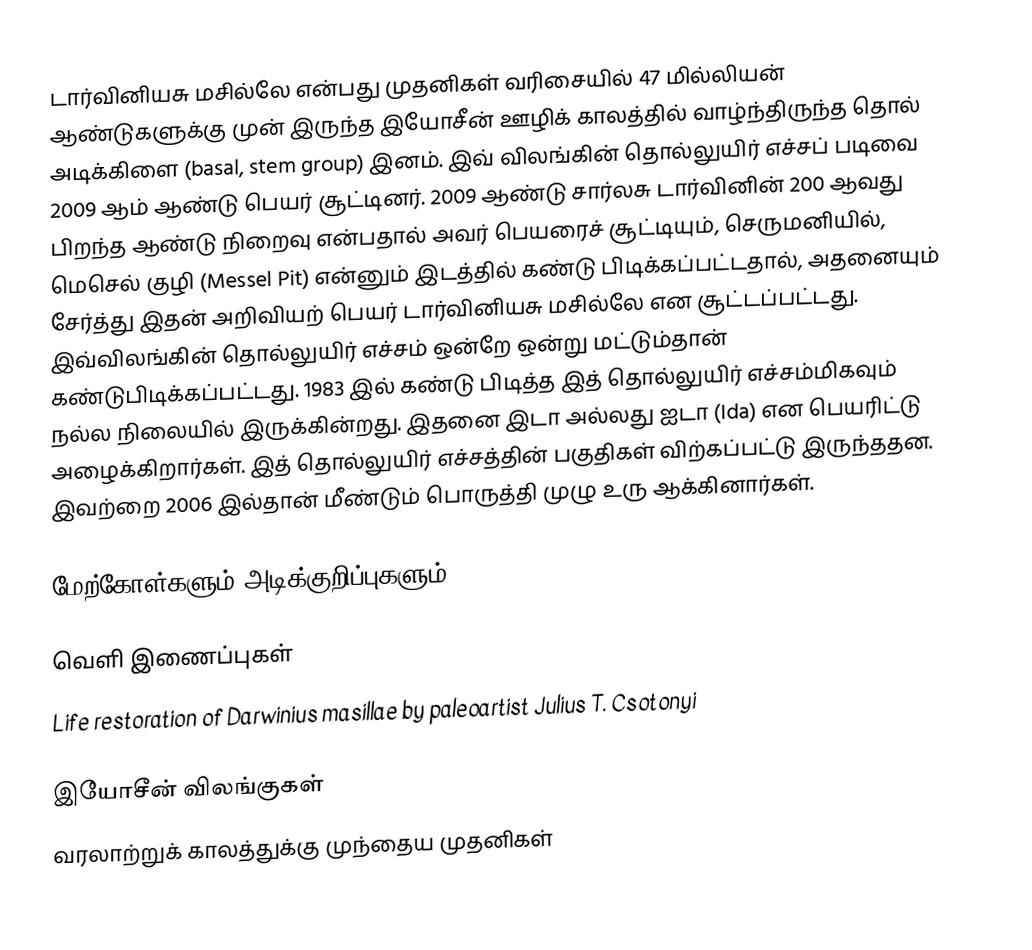
டார்வினியசு மசில்லே என்பது முதனிகள் வரிசையில் 47 மில்லியன் ஆண்டுகளுக்கு முன் இருந்த இயோசீன் ஊழிக் காலத்தில் வாழ்ந்திருந்த தொல் அடிக்கிளை (basal, stem group) இனம். இவ் விலங்கின் தொல்லுயிர் எச்சப் படிவை 2009 ஆம் ஆண்டு பெயர் சூட்டினர். 2009 ஆண்டு சார்லசு டார்வினின் 200 ஆவது பிறந்த ஆண்டு நிறைவு என்பதால் அவர் பெயரைச் சூட்டியும், செருமனியில்,  மெசெல் குழி (Messel Pit) என்னும் இடத்தில் கண்டு பிடிக்கப்பட்டதால், அதனையும் சேர்த்து இதன் அறிவியற் பெயர் டார்வினியசு மசில்லே என சூட்டப்பட்டது. இவ்விலங்கின் தொல்லுயிர் எச்சம் ஒன்றே ஒன்று மட்டும்தான் கண்டுபிடிக்கப்பட்டது. 1983 இல் கண்டு பிடித்த இத் தொல்லுயிர் எச்சம்மிகவும் நல்ல நிலையில் இருக்கின்றது. இதனை இடா அல்லது ஐடா (Ida) என பெயரிட்டு அழைக்கிறார்கள். இத் தொல்லுயிர் எச்சத்தின் பகுதிகள் விற்கப்பட்டு இருந்ததன. இவற்றை 2006 இல்தான் மீண்டும் பொருத்தி முழு உரு ஆக்கினார்கள்.

மேற்கோள்களும் அடிக்குறிப்புகளும்

வெளி இணைப்புகள்
 Life restoration of Darwinius masillae by paleoartist Julius T. Csotonyi

இயோசீன் விலங்குகள்
வரலாற்றுக் காலத்துக்கு முந்தைய முதனிகள்